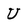
Character: U